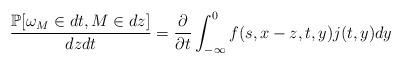
LaTeX: \begin{align*}\frac{\mathbb{P}[\omega_M \in dt, M\in dz]}{dzdt}=\frac{\partial}{\partial t} \int_{-\infty}^{0} f(s,x-z,t,y)j(t,y)dy \end{align*}